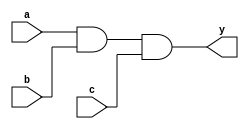
`timescale 1ns / 1ps
//////////////////////////////////////////////////////////////////////////////////
// Company: 
// Engineer: 
// 
// Design Name: 
// Module Name: and_block_assign
// Project Name: 
// Target Devices: 
// Tool Versions: 
// Description: 
// 
// Dependencies: 
// 
// Revision:
// Revision 0.01 - File Created
// Additional Comments:
// 
//////////////////////////////////////////////////////////////////////////////////


    module and_block_assign
 (
  input   a , b , c,
  output reg  y
);
  always  @ *
  begin
    y = a ;
    y=y&b;
  y=y&c;
  end
endmodule